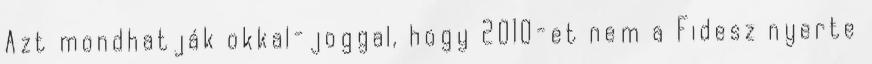
Azt mondhatják okkal-joggal, hogy 2010-et nem a Fidesz nyerte